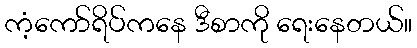
ကံ့ကော်ရိပ်ကနေ ဒီစာကို ရေးနေတယ်။